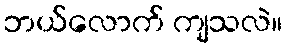
ဘယ်လောက် ကျသလဲ။